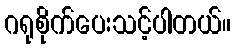
ဂရုစိုက်ပေးသင့်ပါတယ်။